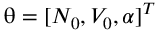
\mathbf { \uptheta } = [ N _ { 0 } , V _ { 0 } , \alpha ] ^ { T }